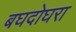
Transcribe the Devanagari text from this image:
बघदोघरा